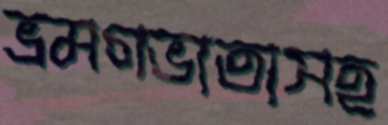
ভ্রমণভাতাসহ